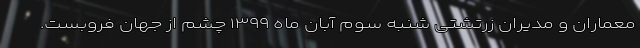
معماران و مدیران زرتشتی شنبه سوم آبان ماه ۱۳۹۹ چشم از جهان فروبست.